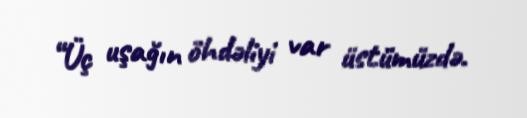
“Üç uşağın öhdəliyi var üstümüzdə.